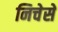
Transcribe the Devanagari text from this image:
निचेसे